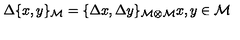
\Delta \{ x , y \} _ { { \cal M } } = \{ \Delta x , \Delta y \} _ { { \cal M \otimes } { \cal M } } x , y \in { \cal M }